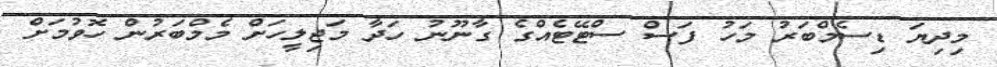
މިދިޔަ ޑިސެމްބަރު މަހު ފަސް ސްޓޭޓެއްގެ ގާނޫނު ހަދާ މަޖިލީހަށް މެމްބަރުން ހޮވުމަށް